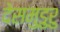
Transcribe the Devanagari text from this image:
देसमुडुरु